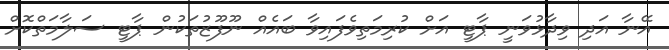
އޭނާ އަދި ވިދާޅުވަނީ ޕާޓީ އަށް ކުރިމަތިވެފައިވާ ބައެއް ނޫފޫޒުތަކުން ޕާޓީ ސަލާމަތްކޮށް